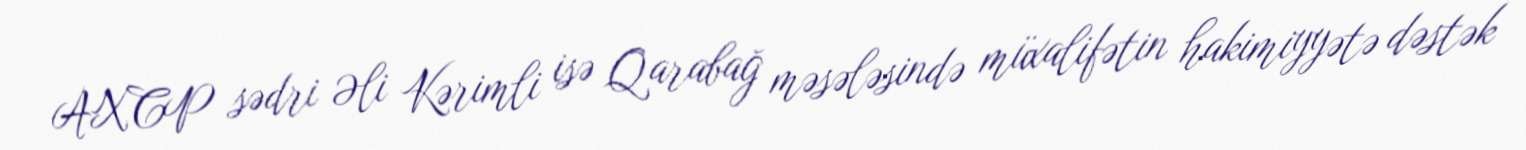
AXCP sədri Əli Kərimli isə Qarabağ məsələsində müxalifətin hakimiyyətə dəstək